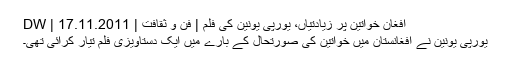
افغان خواتين پر زيادتياں، يورپی يونين کی فلم | فن و ثقافت | DW | 17.11.2011
يورپی يونين نے افغانستان ميں خواتين کی صورتحال کے بارے ميں ايک دستاويزی فلم تيار کرائی تھی۔